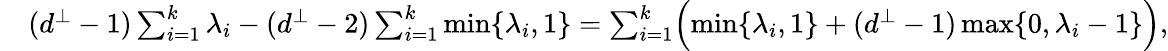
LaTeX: \begin{array}{rl}&{(d^{\perp}-1)\sum_{i=1}^{k}\lambda_{i}-(d^{\perp}-2)\sum_{i=1}^{k}\operatorname*{min}\{ \lambda_{i},1\} =\sum_{i=1}^{k}\Bigl(\operatorname*{min}\{ \lambda_{i},1\} +(d^{\perp}-1)\operatorname*{max}\{ 0,\lambda_{i}-1\} \Bigr),}\end{array}